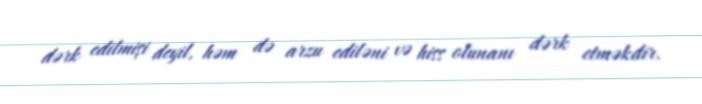
dərk edilmişi deyil, həm də arzu ediləni və hiss olunanı dərk etməkdir.